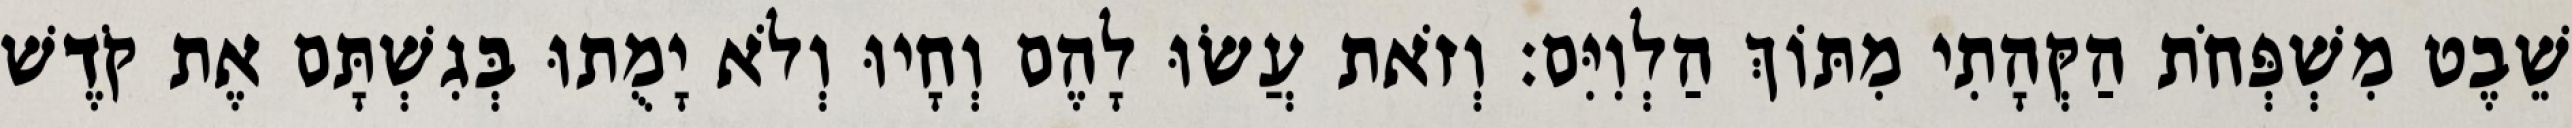
שֵׁבֶט מִשְׁפְּחֹת הַקְּהָתִי מִתּוֹךְ הַלְוִיִּם׃ וְזֹאת עֲשׂוּ לָהֶם וְחָיוּ וְלֹא יָמֻתוּ בְּגִשְׁתָּם אֶת קֹדֶשׁ